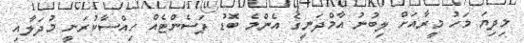
މިދިޔަ މަހު މީރާއަށް ލިބުނު އާމްދަނީގެ އެންމެ ބޮޑު ޕަސެންޓެއް ހިއްސާކުރަނީ މުދަލާއި